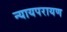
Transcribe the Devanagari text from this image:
न्यायपरायण